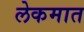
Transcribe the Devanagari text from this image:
लेकमात